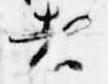
者